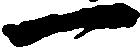
一